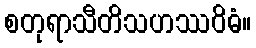
စတုရာသီတိသဟဿဝိဓံ။